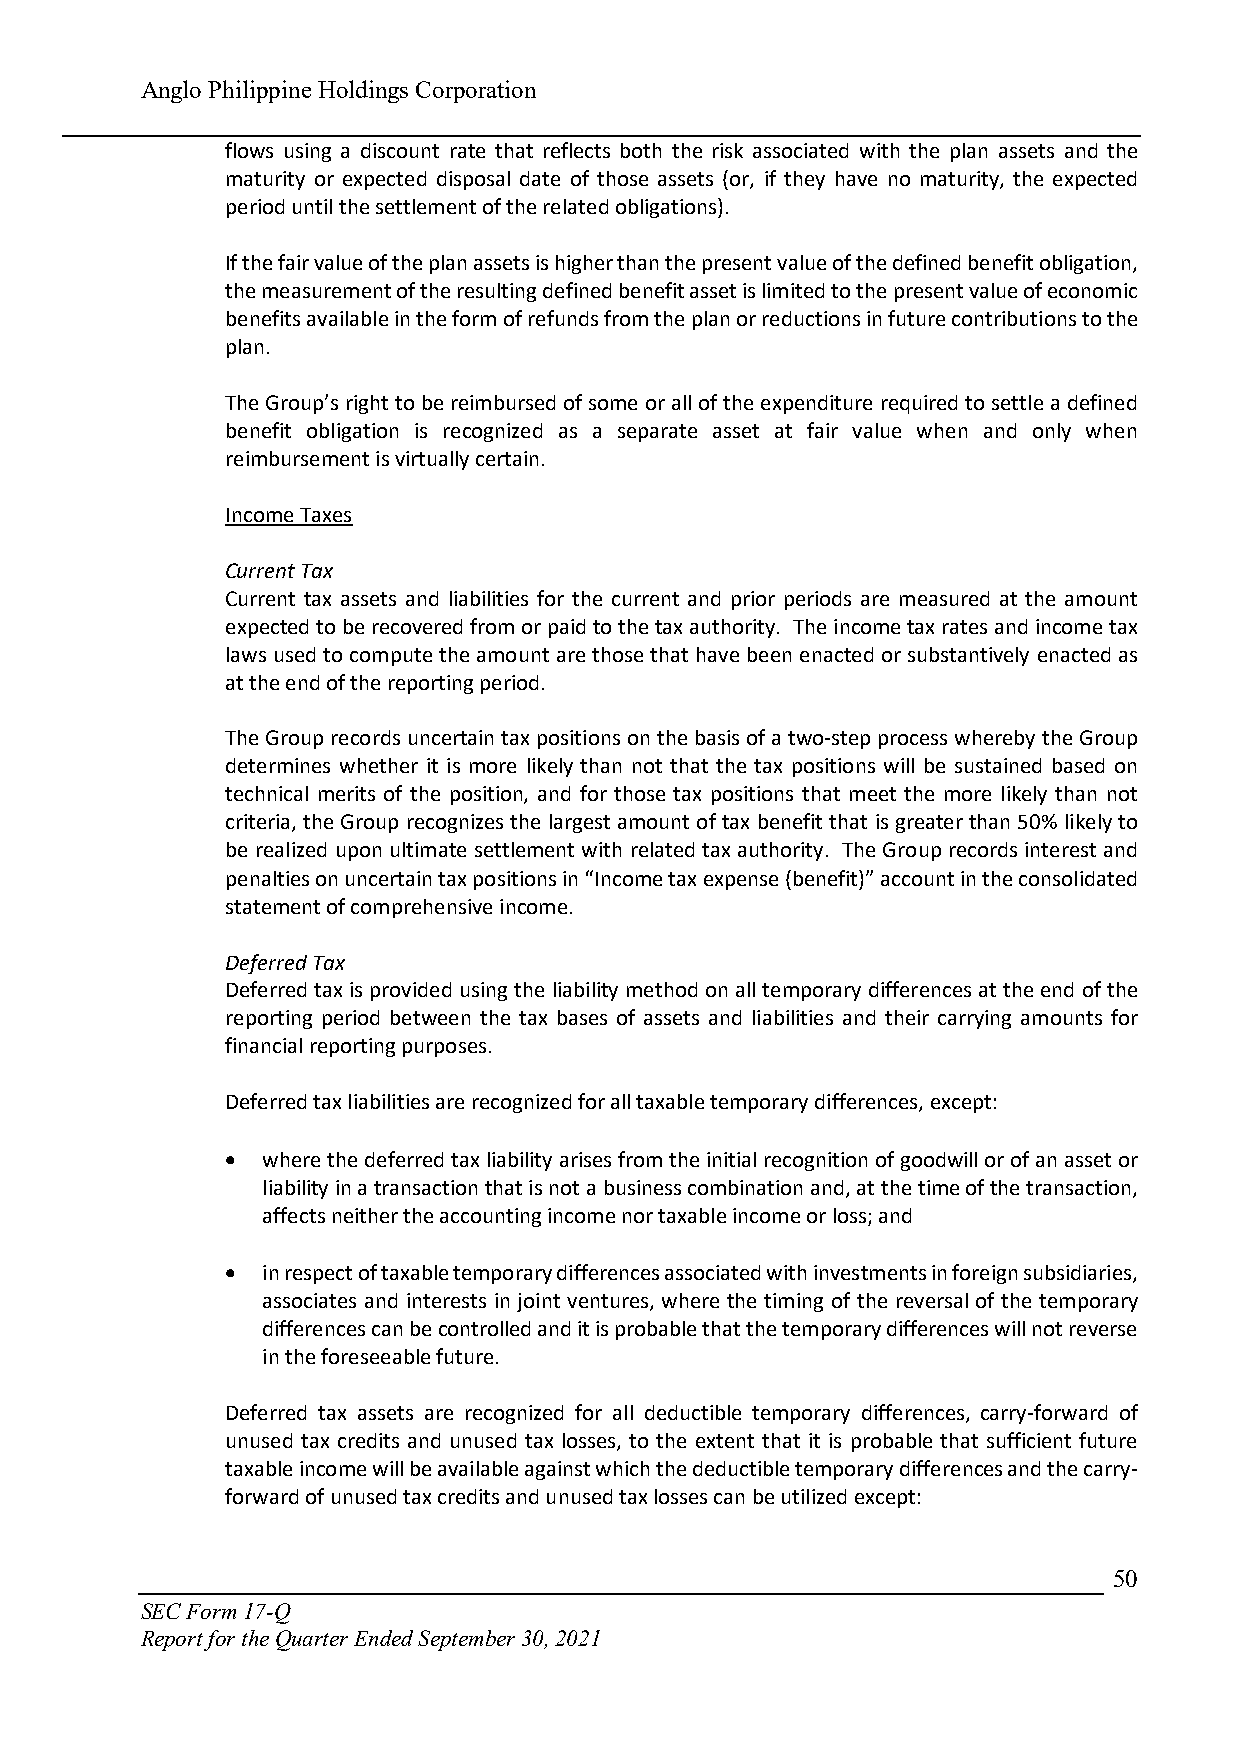
Anglo Philippine Holdings Corporation
 flows using a discount rate that reflects both the risk associated with the plan assets and the
 maturity or expected disposal date of those assets (or, if they have no maturity, the expected
 period until the settlement of the related obligations).
 If the fair value of the plan assets is higher than the present value of the defined benefit obligation,
 the measurement of the resulting defined benefit asset is limited to the present value of economic
 benefits available in the form of refunds from the plan or reductions in future contributions to the
 plan.
 The Group’s right to be reimbursed of some or all of the expenditure required to settle a defined
 benefit obligation is recognized as a separate asset at fair value when and only when
 reimbursement is virtually certain.
 Income Taxes
 Current Tax
 Current tax assets and liabilities for the current and prior periods are measured at the amount
 expected to be recovered from or paid to the tax authority. The income tax rates and income tax
 laws used to compute the amount are those that have been enacted or substantively enacted as
 at the end of the reporting period.
 The Group records uncertain tax positions on the basis of a two-step process whereby the Group
 determines whether it is more likely than not that the tax positions will be sustained based on
 technical merits of the position, and for those tax positions that meet the more likely than not
 criteria, the Group recognizes the largest amount of tax benefit that is greater than 50% likely to
 be realized upon ultimate settlement with related tax authority. The Group records interest and
 penalties on uncertain tax positions in “Income tax expense (benefit)” account in the consolidated
 statement of comprehensive income.
 Deferred Tax
 Deferred tax is provided using the liability method on all temporary differences at the end of the
 reporting period between the tax bases of assets and liabilities and their carrying amounts for
 financial reporting purposes.
 Deferred tax liabilities are recognized for all taxable temporary differences, except:
  where the deferred tax liability arises from the initial recognition of goodwill or of an asset or
 liability in a transaction that is not a business combination and, at the time of the transaction,
 affects neither the accounting income nor taxable income or loss; and
  in respect of taxable temporary differences associated with investments in foreign subsidiaries,
 associates and interests in joint ventures, where the timing of the reversal of the temporary
 differences can be controlled and it is probable that the temporary differences will not reverse
 in the foreseeable future.
 Deferred tax assets are recognized for all deductible temporary differences, carry-forward of
 unused tax credits and unused tax losses, to the extent that it is probable that sufficient future
 taxable income will be available against which the deductible temporary differences and the carry-
 forward of unused tax credits and unused tax losses can be utilized except:
 50
 SEC Form 17-Q
 Report for the Quarter Ended September 30, 2021